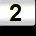
Digit: 2